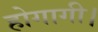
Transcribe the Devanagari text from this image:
होगागी।